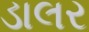
ડાલર